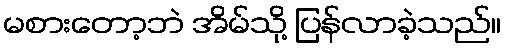
မစားတော့ဘဲ အိမ်သို့ ပြန်လာခဲ့သည်။